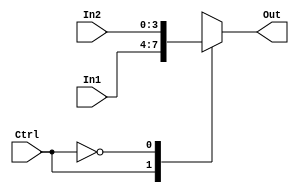
`timescale 1ns / 1ps

module mux_4_2(
	input wire[3:0] In1,
	input wire[3:0] In2,
	input wire Ctrl,
	output reg[3:0] Out
	);

	always @(*) begin
		case (Ctrl)
			1: Out <= In1;
			0: Out <= In2;
		endcase
	end

endmodule